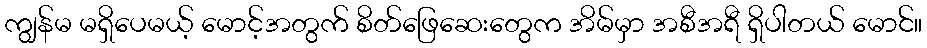
ကျွန်မ မရှိပေမယ့် မောင့်အတွက် စိတ်ဖြေဆေးတွေက အိမ်မှာ အစီအရီ ရှိပါတယ် မောင်။